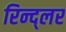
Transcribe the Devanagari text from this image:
रिन्द्लर